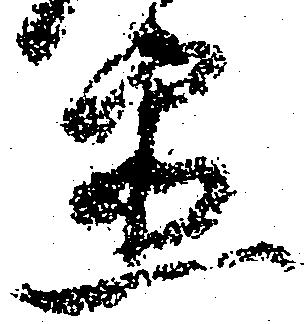
置